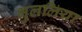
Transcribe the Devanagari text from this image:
भुललिया